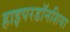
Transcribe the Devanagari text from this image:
हाइपरडॉनशिया